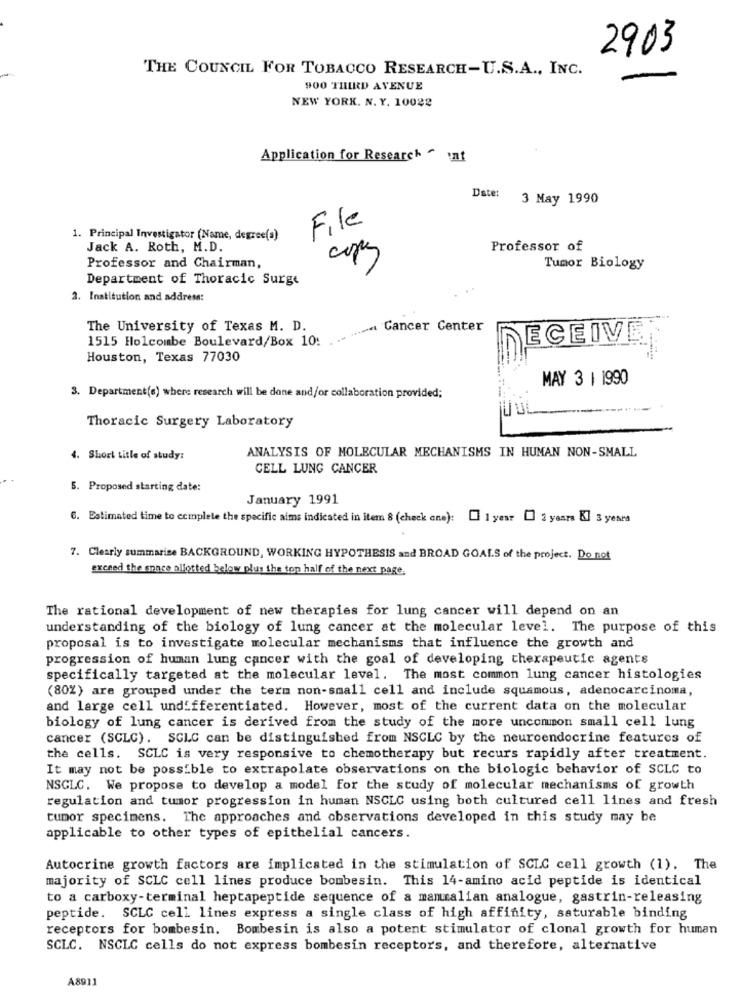
2903
THE COUNCIL FOR TOBACCO RESEARCH-U.S.A ., INC.
900 THIRD AVENUE
NEW YORK. N. Y. 10022
Application for Research ~ inf
Date:
3 May 1990
File
1. Principal Investigator (Name, degree(s)
Jack A. Roth, M.D.
Professor of
Professor and Chairman,
Tumor Biology
Department of Thoracic Surge
2. Institution and address:
The University of Texas M. D.
Cancer Center
1515 Holcombe Boulevard/Box 10:
ECEIVE
Houston, Texas 77030
MAY 3 | 1990
3. Department(e) where research will be done and/or collaboration provided;
LUL
Thoracic Surgery Laboratory
ANALYSIS OF MOLECULAR MECHANISMS IN HUMAN NON-SMALL
4. Short title of study:
CELL LUNG CANCER
5. Proposed starting date:
January 1991
6. Estimated time to complete the specific aims indicated in item 8 (check ane): [] 1 year [] 2 years Kl 3 years
7. Clearly summarize BACKGROUND, WORKING HYPOTHESIS and BROAD GOALS of the project. Do not
exceed the space allotted below plus the top half of the next page.
The rational development of new therapies for lung cancer will depend on an
understanding of the biology of lung cancer at the molecular level. The purpose of this
proposal is to investigate molecular mechanisms that influence the growth and
progression of human lung cancer with the goal of developing therapeutic agents
specifically targeted at the molecular level. The most common lung cancer histologies
(80%) are grouped under the term non-small cell and include squamous, adenocarcinoma,
and large cell undifferentiated. However, most of the current data on the molecular
biology of lung cancer is derived from the study of the more uncommon small cell lung
cancer (SCLC). SCLC can be distinguished from NSCLC by the neuroendocrine features of
the cells. SCLC is very responsive to chemotherapy but recurs rapidly after treatment.
It may not be possible to extrapolate observations on the biologic behavior of SCLC to
NSCLC. We propose to develop a model for the study of molecular mechanisms of growth
regulation and tumor progression in human NSCLC using both cultured cell lines and fresh
tumor specimens. The approaches and observations developed in this study may be
applicable to other types of epithelial cancers.
Autocrine growth factors are implicated in the stimulation of SCLC cell growth (1). The
majority of SCLC cell lines produce bombesin. This 14-amino acid peptide is identical
to a carboxy-terminal heptapeptide sequence of a mammalian analogue, gastrin-releasing
peptide. SCLC cell lines express a single class of high affinity, saturable binding
receptors for bombesin. Bombesin is also a potent stimulator of clonal growth for human
SCLC. NSCLC cells do not express bombesin receptors, and therefore, alternative
A8911